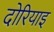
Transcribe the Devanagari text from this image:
दोरियाइ